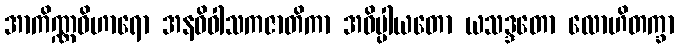
အာကိဏ္ဏဝိဟာရော အနဓိဝါသကဇာတိကာ အဓိပ္ပါယတော ယသဒ္ဒတော လောဟိတက္ခာ